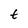
Character: t